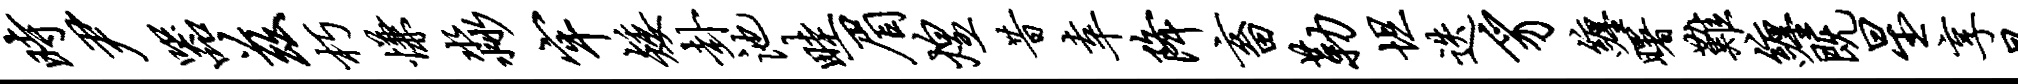
时尹器兹朽慊淼牢矮卦池畦眉煌昔幸降畜勒坦迭豸缠曙难缠既星享昆